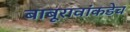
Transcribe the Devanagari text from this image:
बाबूरावांकडेच